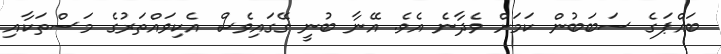
ބައްޕަގެ ސަބަބުން ކަމަށް ވެދާނެ އެވެ. އޭނާ ބުނީ ގޭގައިވެސް އެކިވައްތަރުގެ މަސްތަކާއި